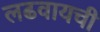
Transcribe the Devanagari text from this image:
लढवायची